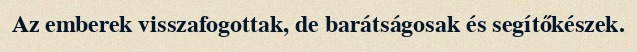
Az emberek visszafogottak, de barátságosak és segítőkészek.